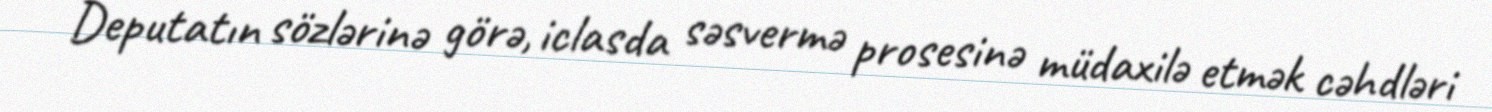
Deputatın sözlərinə görə, iclasda səsvermə prosesinə müdaxilə etmək cəhdləri